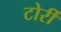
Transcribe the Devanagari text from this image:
टोर्री